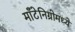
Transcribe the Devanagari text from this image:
माँटेनिग्रोमध्ये